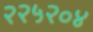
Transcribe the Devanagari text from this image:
२२५२०४